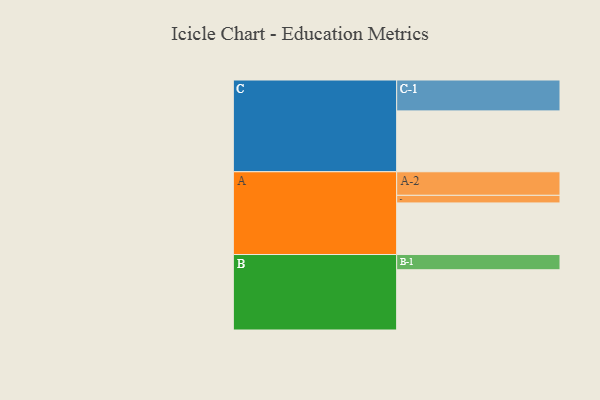
{"axis": {"x": "Segment", "y": "Value"}, "legend": ["", "A", "B", "C"], "data": [{"x": "A", "y": 339, "type": ""}, {"x": "B", "y": 396, "type": ""}, {"x": "C", "y": 400, "type": ""}, {"x": "A-1", "y": 50, "type": "A"}, {"x": "A-2", "y": 155, "type": "A"}, {"x": "B-1", "y": 100, "type": "B"}, {"x": "C-1", "y": 203, "type": "C"}]}